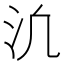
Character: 𪵬